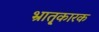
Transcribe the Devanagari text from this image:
भ्रातृ्कारक